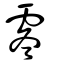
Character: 𩂓